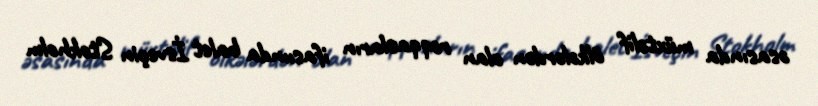
əsasında müxtəlif ölkələrdən olan rəqqasların ifasıında balet İsveçin Stokholm